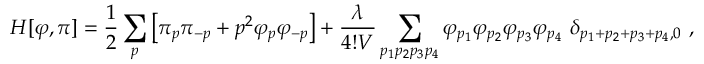
H [ \varphi , \pi ] = \frac { 1 } { 2 } \sum _ { p } \left[ \pi _ { p } \pi _ { - p } + p ^ { 2 } \varphi _ { p } \varphi _ { - p } \right] + { \frac { \lambda } { 4 ! V } } \sum _ { p _ { 1 } p _ { 2 } p _ { 3 } p _ { 4 } } \varphi _ { p _ { 1 } } \varphi _ { p _ { 2 } } \varphi _ { p _ { 3 } } \varphi _ { p _ { 4 } } ~ \delta _ { p _ { 1 } + p _ { 2 } + p _ { 3 } + p _ { 4 } , 0 } ~ ,